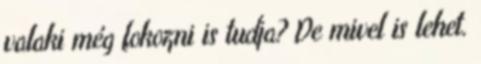
valaki még fokozni is tudja? De mivel is lehet.